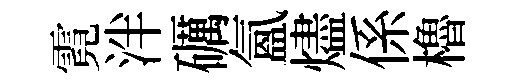
霓泮礪氲燼係櫓